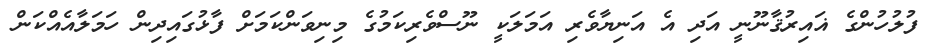
ފުލުހުންގެ ޣައިރުޤާނޫނީ އަދި އެ އަނިޔާވެރި އަމަލަކީ ނޫސްވެރިކަމުގެ މިނިވަންކަމަށް ފާޅުގައިދިން ހަމަލާއެއްކަން